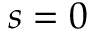
s = 0